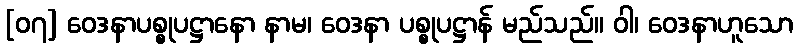
[၀၇] ဝေဒနာပစ္စုပဋ္ဌာနော နာမ၊ ဝေဒနာ ပစ္စုပဋ္ဌာန် မည်သည်။ ဝါ၊ ဝေဒနာဟူသော